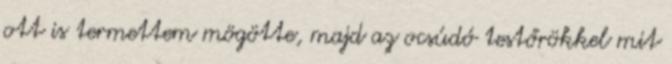
ott is termettem mögötte, majd az ocsúdó testőrökkel mit